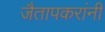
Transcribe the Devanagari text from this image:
जैतापकरांनी